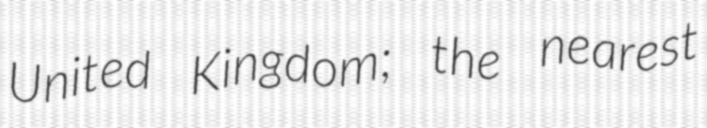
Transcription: United Kingdom; the nearest